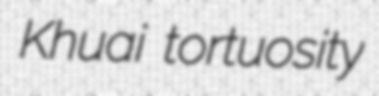
Khuai tortuosity